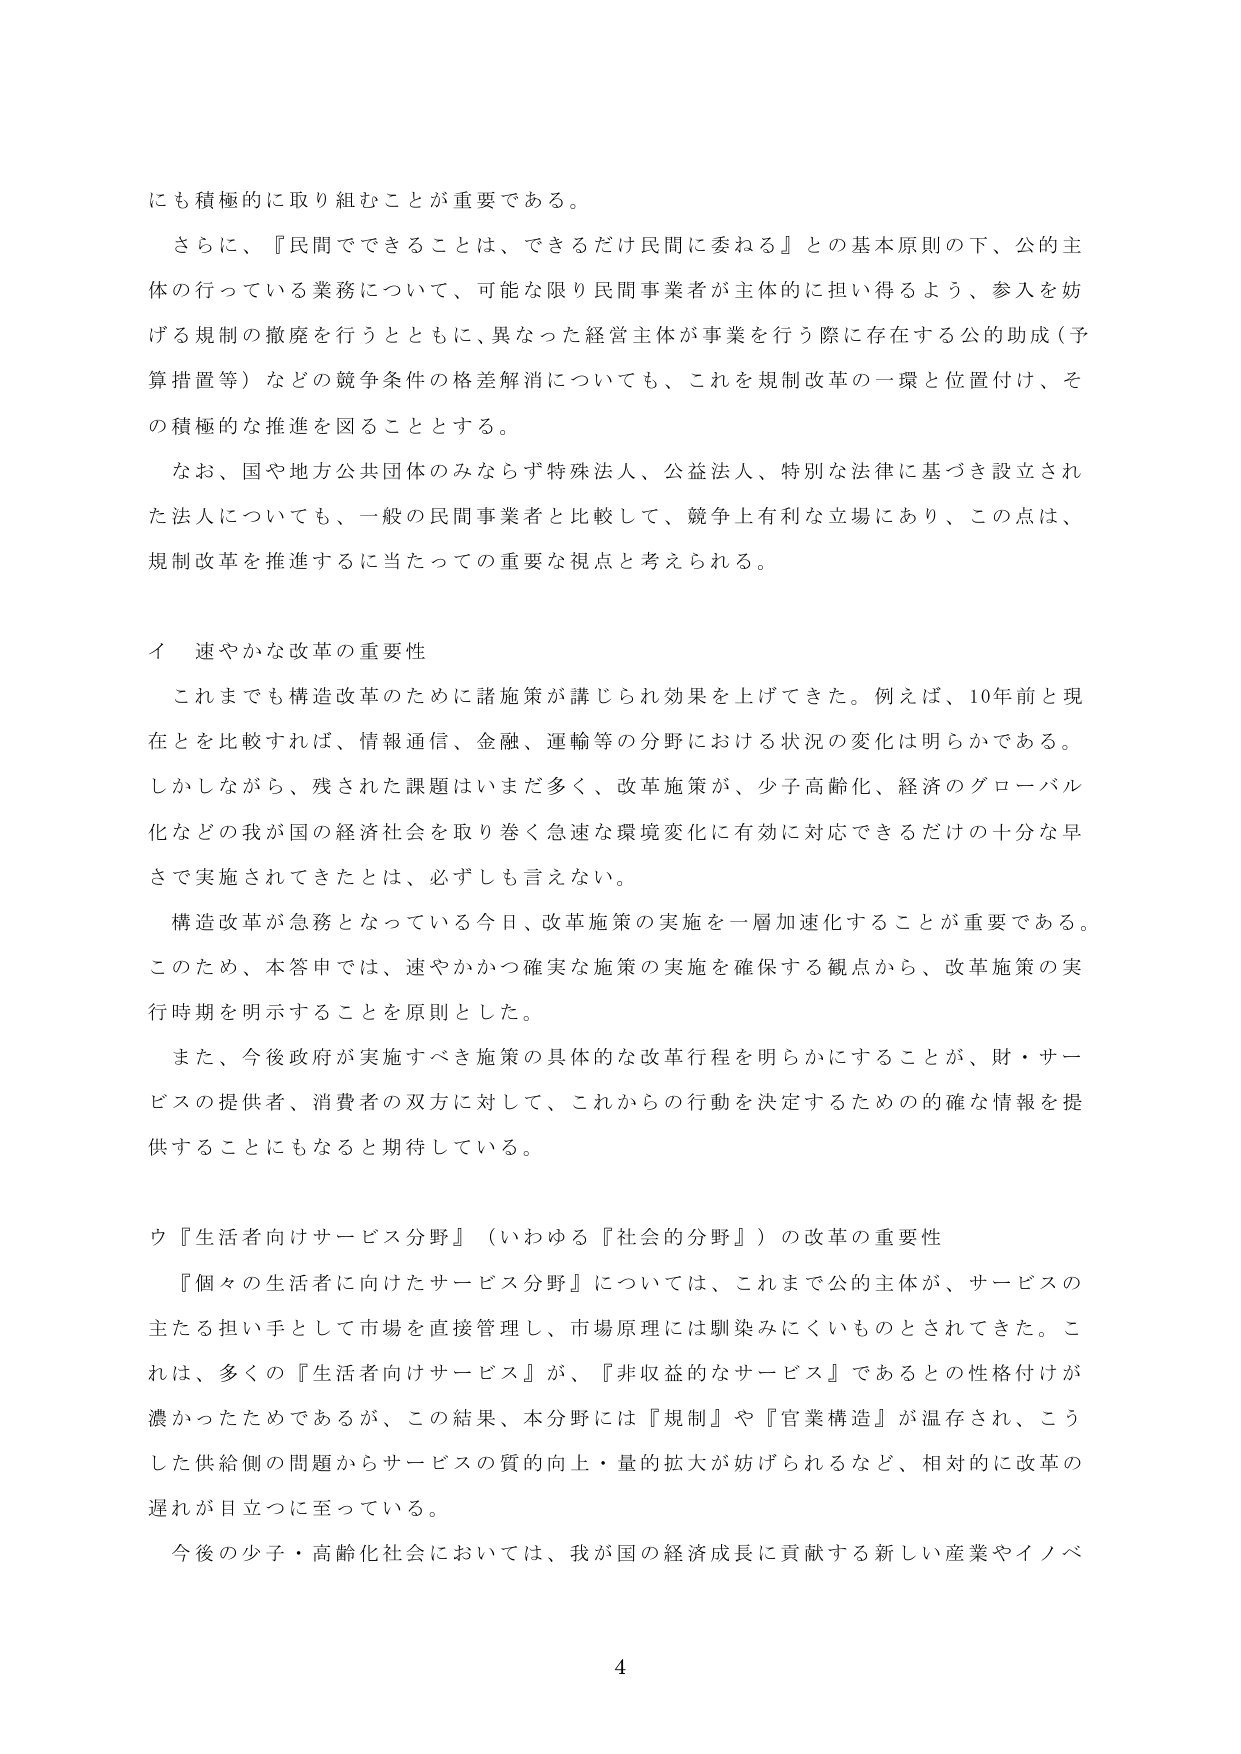
にも積極的に取り組むことが重要である。

さらに、『民間でできることは、できるだけ民間に委ねる』との基本原則の下、公の主体の行っている業務について、可能な限り民間事業者が主体的に担い得るよう、参入を妨げる規制の撤廃を行うとともに、異なった経営主体が事業を行う際に存在する公的助成（予算措置等）などの競争条件の格差解消についても、これを規制改革の一環と位置付け、その積極的な推進を図ることとする。

なお、国や地方公共団体のみならず特殊法人、公益法人、特別な法律に基づき設立された法人についても、一般の民間事業者と比較して、競争上有利な立場にあり、この点は、規制改革を推進するに当たっての重要な視点と考えられる。

イ 速やかな改革の重要性

これまでも構造改革のために諸施策が講じられ効果を上げてきた。例えば、10年前と現在とを比較すれば、情報通信、金融、運輸等の分野における状況の変化は明らかである。しかしながら、残された課題はまだ多く、改革施策が、少子高齢化、経済のグローバル化などの我が国の経済社会を取り巻く急速な環境変化に有効に対応できるだけの十分な早さで実施されてきたとは、必ずしも言えない。

構造改革が急務となっている今日、改革施策の実施を一層加速化することが重要である。このため、本答申では、速やかかつ確実な施策の実施を確保する観点から、改革施策の実行時期を明示することを原則とした。

また、今後政府が実施すべき施策の具体的な改革行程を明らかにすることが、財・サービスの提供者、消費者の双方に対して、これからの行動を決定するための確な情報を提供することにもなると期待している。

ウ『生活者向けサービス分野』（いわゆる『社会的分野』）の改革の重要性

『個々の生活者に向けたサービス分野』については、これまで公的主体が、サービスの主たる担い手として市場を直接管理し、市場原理には馴染みにくいものとされてきた。これは、多くの『生活者向けサービス』が、『非収益的なサービス』であるとの性格付けが濃かったためであるが、この結果、本分野には『規制』や『官業構造』が温存され、こうした供給側の問題からサービスの質的向上・量的拡大が妨げられるなど、相対的に改革の遅れが目立つに至っている。

今後の少子・高齢化社会においては、我が国の経済成長に貢献する新しい産業やイノベ

4